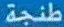
طنجة